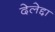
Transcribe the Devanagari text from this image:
देलेद्दा